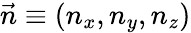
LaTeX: \vec{n}\equiv(n_{x},n_{y},n_{z})